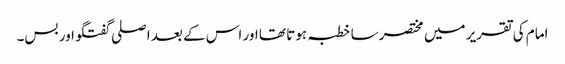
امام کی تقریر میں مختصر سا خطبہ ہوتا تھا اور اس کے بعد اصلی گفتگو اور بس۔